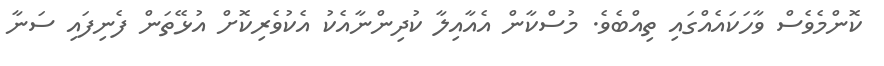
ކޮންމެވެސް ވާހަކައެއްގައި ތިއްބެވެ. މުސްކާން އެއާއިލާ ކުދިންނާއެކު އެކުވެރިކޮށް އުޅޭތަން ފެނިފައި ސަނާ